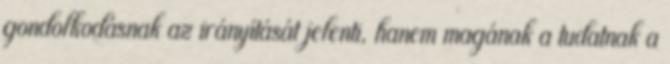
gondolkodásnak az irányítását jelenti, hanem magának a tudatnak a